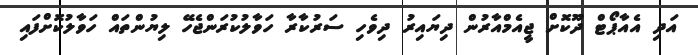
އަދި އެއާޕޯޓް ދޫކޮށް ޖީއެމްއާރުން ދިޔައިރު ދިވެހި ސަރުކާރާ ހަވާލުކުރަންޖެހޭ ލިޔުންތައް ހަވާލުކޮށްފައި